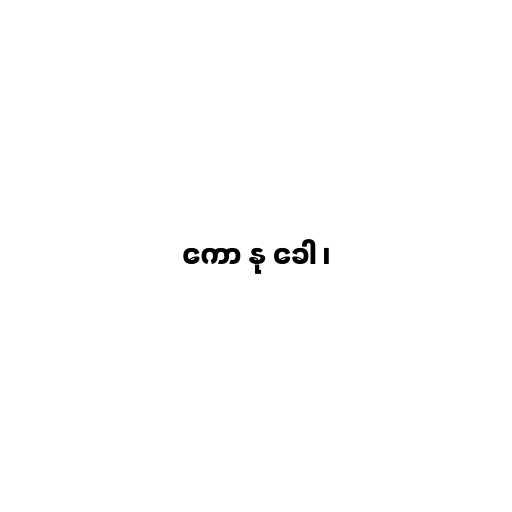
ကော နု ခေါ ၊